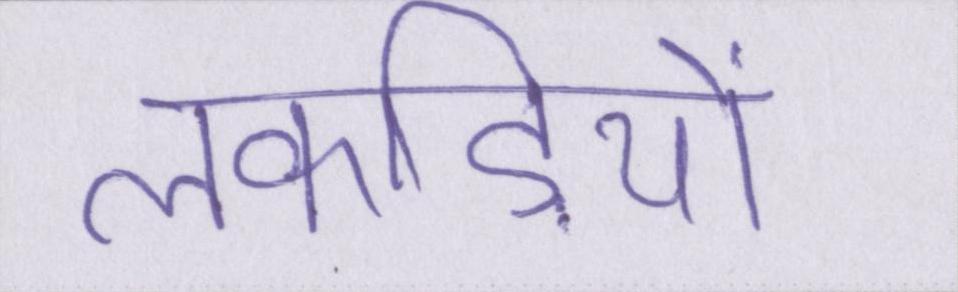
लकड़ियों